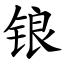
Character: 锒